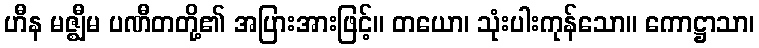
ဟီန မဇ္ဈီမ ပဏီတတို့၏ အပြားအားဖြင့်။ တယော၊ သုံးပါးကုန်သော။ ကောဋ္ဌာသာ၊